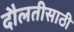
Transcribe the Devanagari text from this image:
दौलतीसाठी